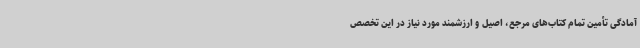
آمادگی تأمین تمام کتاب‌های مرجع، اصیل و ارزشمند مورد نیاز در این تخصص